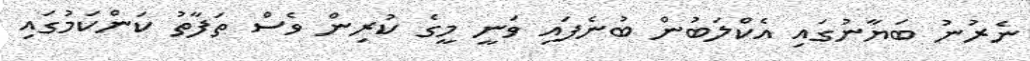
ނެރުނު ބަޔާނުގައި އެކްލަބުން ބުނެފައި ވަނީ މީގެ ކުރިން ވެސް ތަފާތު ކަންކަމުގައި